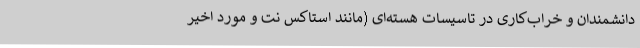
دانشمندان و خراب‌کاری در تاسیسات هسته‌ای (مانند استاکس نت و مورد اخیر